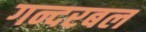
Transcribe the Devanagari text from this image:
गन्दरबल